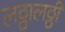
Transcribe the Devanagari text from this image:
लठ्ठालठ्ठी